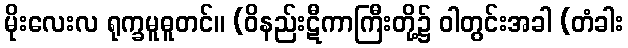
မိုးလေးလ ရုက္ခမူဓူတင်။ (ဝိနည်းဋီကာကြီးတို့၌ ဝါတွင်းအခါ (တံခါး